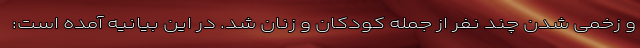
و زخمی شدن چند نفر از جمله کودکان و زنان شد. در این بیانیه آمده است: